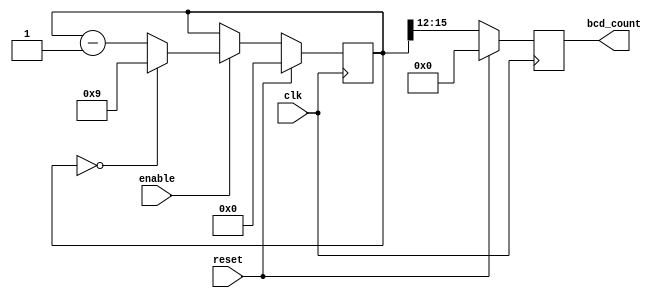
module BCD_Down_Counter_with_Enable (
    input wire clk,
    input wire reset,
    input wire enable,
    output reg [3:0] bcd_count
);

reg [15:0] counter;

always @(posedge clk) begin
    if (reset) begin
        counter <= 4'b0000;
    end else if (enable) begin
        if (counter == 4'b0000) begin
            counter <= 4'b1001;
        end else begin
            counter <= counter - 1;
        end
    end
end

always @(posedge clk) begin
    if (reset) begin
        bcd_count <= 4'b0000;
    end else begin
        bcd_count <= counter[15:12];
    end
end

endmodule